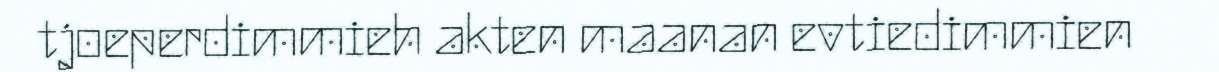
tjoeperdimmieh akten maanan evtiedimmien